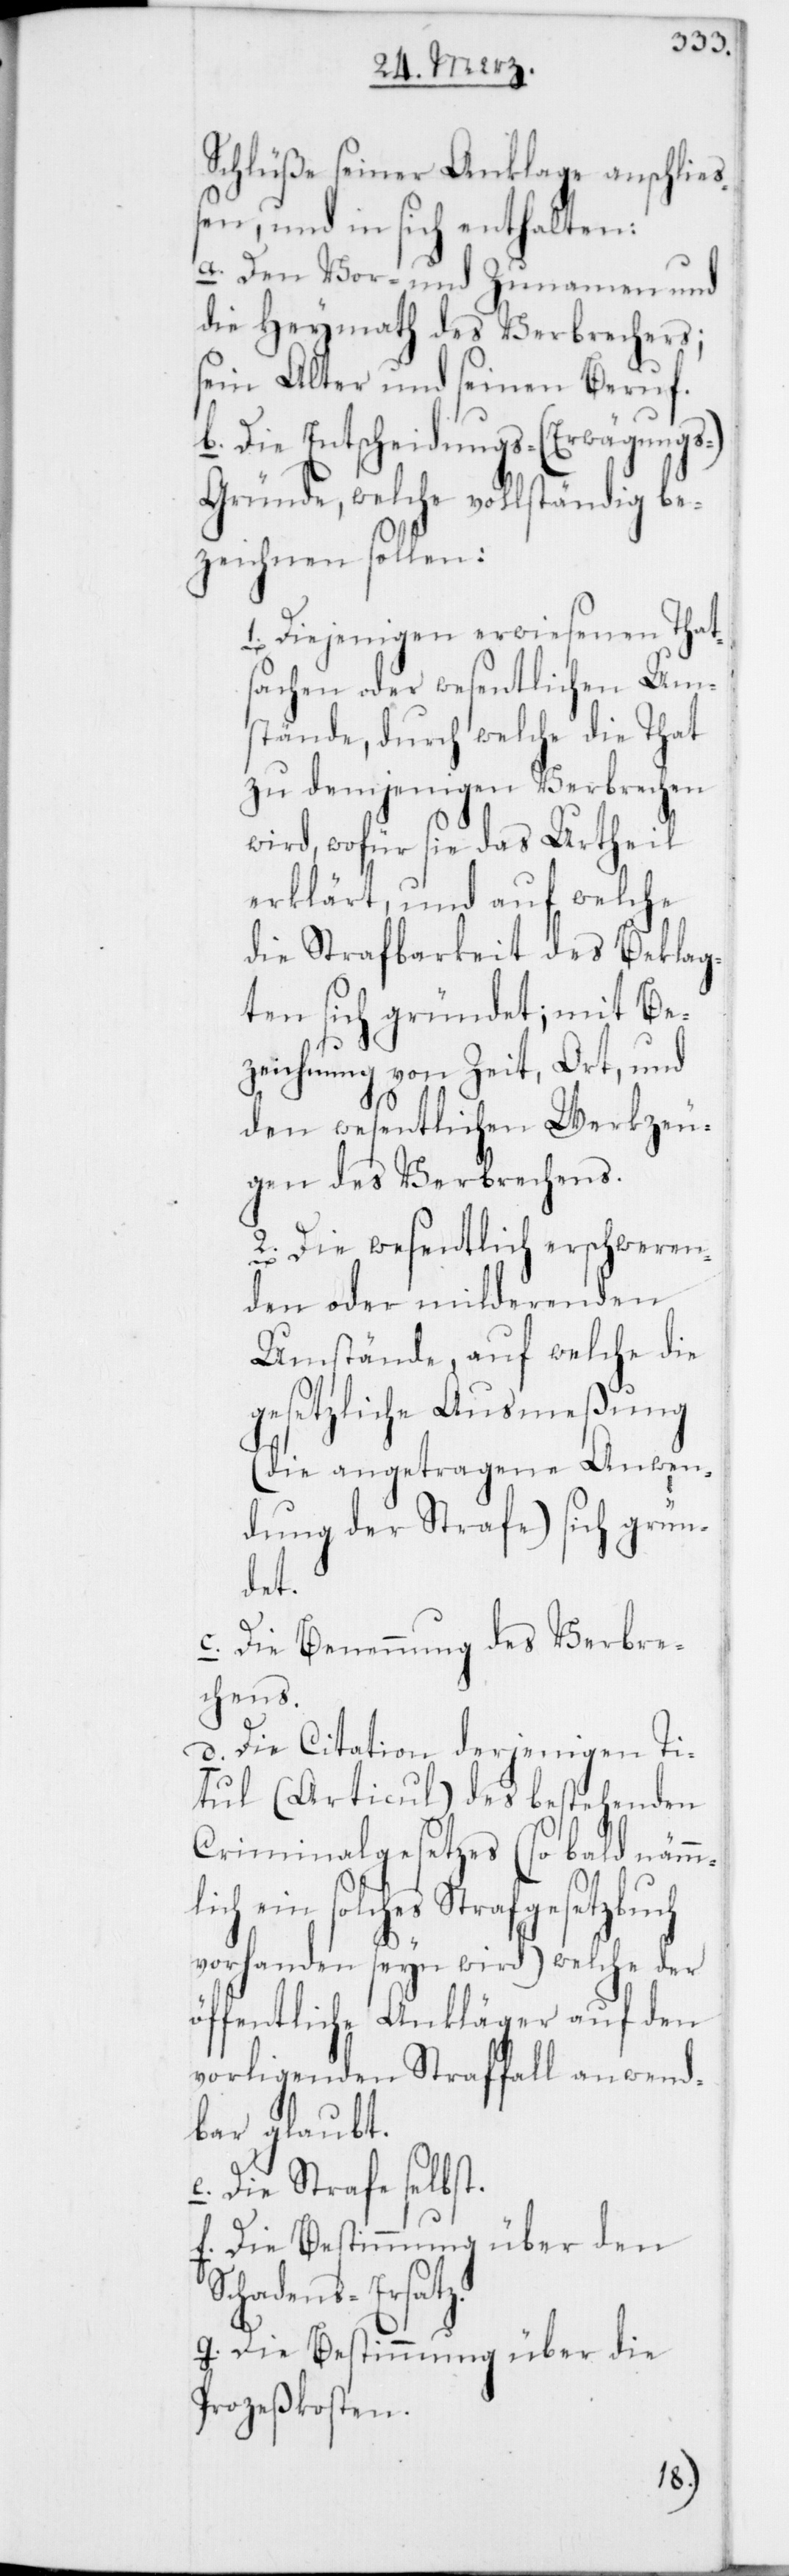
Schlüße seiner Anklage anschließ¬
en, und in sich enthalten:
a. Den Vor- und Zunamen und
die Heymath des Verbrechers;
sein Alter und seinen Beruf.
b. Die Entscheidungs- (Erwägungs-)
Gründe, welche vollständig be¬
zeichnen sollen:
Diejenigen erwiesenen That¬
sachen oder wesentlichen Um¬
stände, durch welche die That
zu demjenigen Verbrechen
wird, wofür sie das Urtheil
erklärt, und auf welche
die Strafbarkeit des Beklag¬
ten sich gründet; mit Be¬
1.
zeichnung von Zeit, Ort, und
den wesentlichen Werkzeu¬
gen des Verbrechens.
2. Die wesentlich erschweren¬
den oder milderenden
Umstände, auf welche die
gesetzliche Ausmeßung
(die angetragene Anwen¬
dung der Strafe) sich grün¬
det.
c. Die Benennung des Verbre¬
chens.
d. Die Citation derjenigen Ti¬
tul (Articul) des bestehenden
Criminalgesetzes (so bald nämm¬
lich ein solches Strafgesetzbuch
vorhanden seyn wird) welche der
öffentliche Ankläger auf den
vorligenden Straffall anwend¬
bar gaubt.
e. Die Strafe selbst.
f. Die Bestimmung über den
Schadens-Ersatz.
g. Die Bestimmung über die
Prozeßkosten.